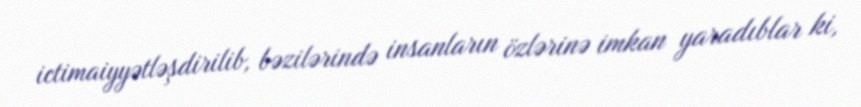
ictimaiyyətləşdirilib, bəzilərində insanların özlərinə imkan yaradıblar ki,